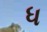
ધ